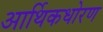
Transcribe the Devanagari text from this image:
आर्थिकधोरण